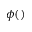
\phi ( \v u )